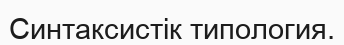
Синтаксистік типология.